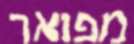
מפואר